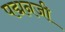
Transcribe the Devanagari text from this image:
पद्मनजी